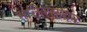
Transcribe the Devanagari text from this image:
भक्तिरसायन